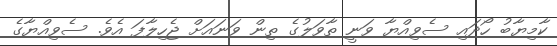
ކާމިޔާބު ހޯދައި ސެވިއްޔާ ވަނީ ތާވަލުގެ ތިން ވަނައަށް ޖެހިލާފަ އެވެ. ސެވިއްޔާގެ